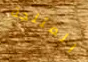
المثلجة